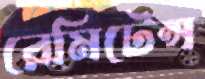
রেমিটেন্স